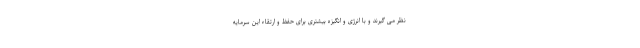
نظر می گیرند و با انرژی و انگیزه بیشتری برای حفظ و ارتقاء این سرمایه